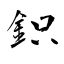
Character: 鉙